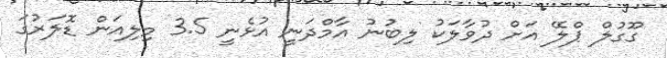
ގޫގުލް ޕްލޭ އަށް ދުވާލަކު ލިބުނު އާމްދަނީ އުޅެނީ 3.5 މިލިއަން ޑޮލަރުގަ